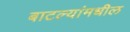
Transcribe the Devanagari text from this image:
बाटल्यांमधील